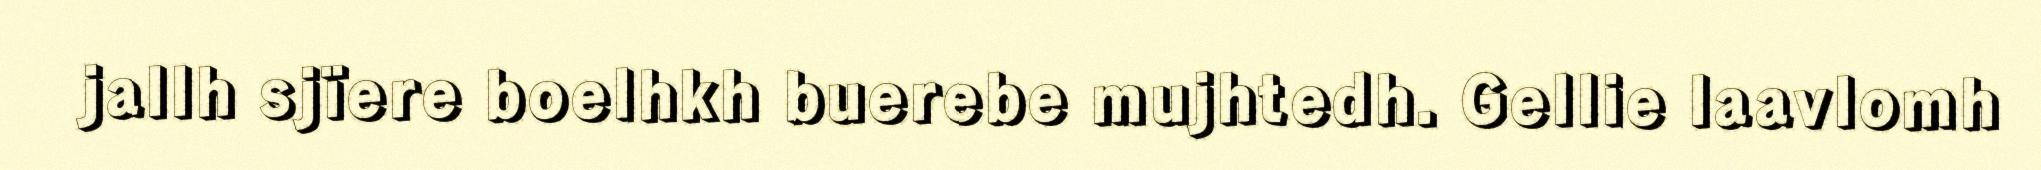
jallh sjïere boelhkh buerebe mujhtedh. Gellie laavlomh